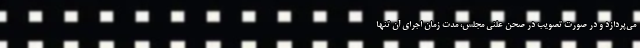
می‌پردازد و در صورت تصویب در صحن علنی مجلس، مدت زمان اجرای آن تنها